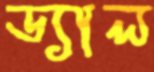
ড্যাল